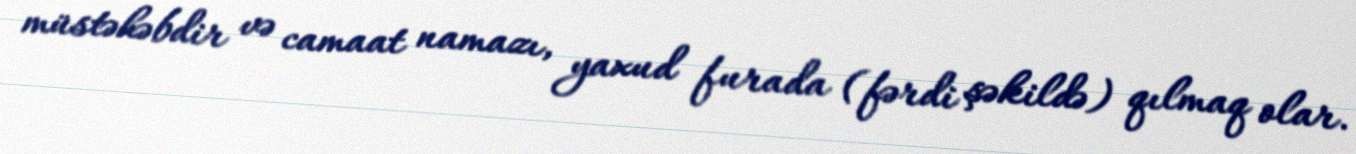
müstəhəbdir və camaat namazı, yaxud furada (fərdi şəkildə) qılmaq olar.